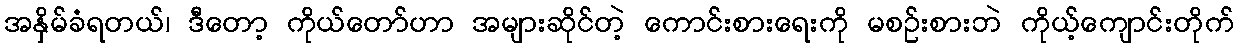
အနှိမ်ခံရတယ်၊ ဒီတော့ ကိုယ်တော်ဟာ အများဆိုင်တဲ့ ကောင်းစားရေးကို မစဉ်းစားဘဲ ကိုယ့်ကျောင်းတိုက်